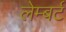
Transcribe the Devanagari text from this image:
लेम्‍बर्ट